Calcutta medical institutions reports 1871-78
Year: 1871
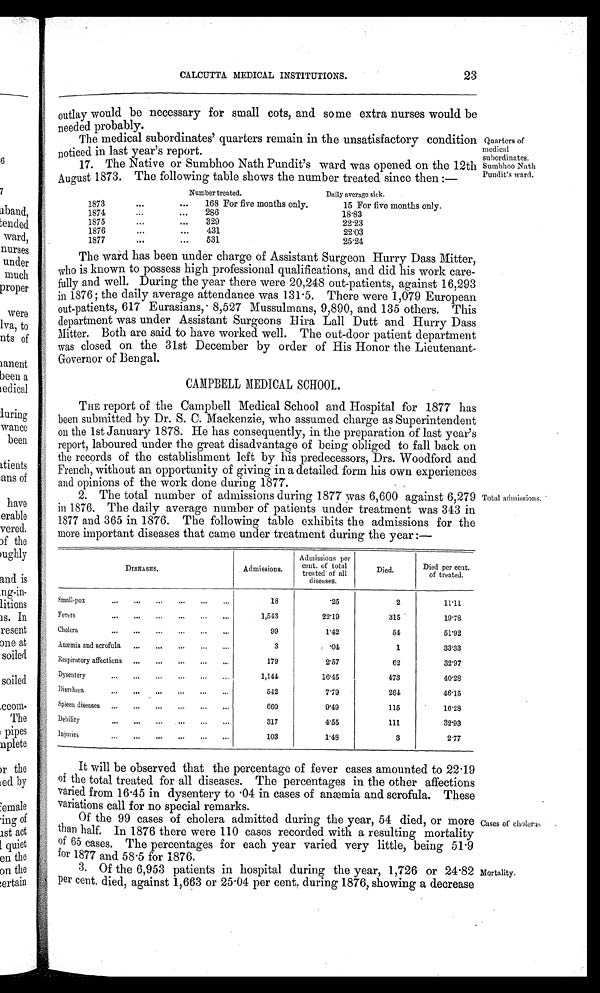
CALCUTTA MEDICAL INSTITUTIONS.
23
outlay would be necessary for small cots, and some extra nurses would be
needed probably.
The medical subordinates' quarters remain in the unsatisfactory condition
noticed in last year's report.
17. The Native or Sumbhoo Nath Pundit's ward was opened on the 12th
August 1873. The following table shows the number treated since then:—
N u m b e r t r e a t e d .
Daily average sick.
1873
. . .
. . .
168 For five months only.
15 For five months only.
1874
. . .
. . .
286
18·83
1875
. . .
. . .
329
22·23
1876
...
...
431
22·03
1877
. . .
...
531
25·24
The ward has been under charge of Assistant Surgeon Hurry Dass Mitter,
who is known to possess high professional qualifications, and did his work care-
-fully and well. During the year there were 20,248 out-patients, against 16,293
in 1876; the daily average attendance was 131·5. There were 1,079 European
out-patients, 617 Eurasians, 8,527 Mussulmans, 9,890, and 135 others. This
department was under Assistant Surgeons Hira Lall Dutt and Hurry Dass
Mitter. Both are said to have worked well. The out-door patient department
was closed on the 31st December by order of His Honor the Lieutenant-
Governor of Bengal.
CAMPBELL MEDICAL SCHOOL.
THE report of the Campbell Medical School and Hospital for 1877 has
been submitted by Dr. S. C. Mackenzie, who assumed charge as Superintendent
on the 1st January 1878. He has consequently, in the preparation of last year's
report, laboured under the great disadvantage of being obliged to fall back on
the records of the establishment left by his predecessors, Drs. Woodford and
French, without an opportunity of giving in a detailed form his own experiences
and opinions of the work done during 1877.
2. The total number of admissions during 1877 was 6,600 against 6,279
in 1876. The daily average number of patients under treatment was 343 in
1877 and 365 in 1876. The following table exhibits the admissions for the
more important diseases that came under treatment during the year:—
DISEASES.
Admissions.
Admissions per
cent. of
t o t a l t r e a t e d o f a l l d i s e a s e s .
Died.
Died per cent
. of tr
eated.
Small-pox
. . .
. . .
. . .
. . .
. . .
. . .
18
·25
2
11·11
Fevers
...
...
. . .
. . .
...
. . .
1,543
22·19
315
19·78
Cholera
...
...
. . .
. . .
. . .
. . .
99
1·42
5 4
51·92
Anæmia and scrofula ...
. . .
. . .
. . .
. . .
3
· 0 4
1
33·33
Respiratory affections ...
...
. . .
. . .
. . .
179
2·57
6 2
32·97
Dysentery
. . .
. . .
. . .
. . .
. . .
. . .
1,144
16· 45
473
40·28
Diarrhœa
. . .
. . .
. . .
. . .
. . .
. . .
542
7·79
264
46·15
Spleen diseases
. . .
. . .
. . .
. . .
. . .
. . .
660
9 · 4 9
115
16·28
Debility
. . .
. . .
. . .
. . .
. . .
. . .
317
4· 55
111
32·93
Injuries
. . .
. . .
. . .
. . .
. . .
. . .
103
1·48
3
2·77
It will be observed that the percentage of fever cases amounted to 22·19
of the total treated for all diseases. The percentages in the other affections
varied from 16·45 in dysentery to ·04 in cases of anæmia and scrofula. These
variations call for no special remarks.
Of the 99 cases of cholera admitted during the year, 54 died, or more
than half. In 1876 there were 110 cases recorded with a resulting mortality
of 65 cases. The percentages for each year varied very little, being 51·9
for 1877 and 58·5 for 1876.
3. Of the 6,953 patients in hospital during the year, 1,726 or 24·82
per cent, died, against 1,663 or 25·04 per cent. during 1876, showing a decrease
Quarters of
medical
subordinates.
Sumbhoo Nath
Pundit's ward.
Total admissions.
Cases of cholera
Mortality.